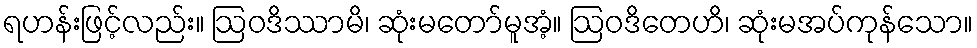
ရဟန်းဖြင့်လည်း။ ဩဝဒိဿာမိ၊ ဆုံးမတော်မူအံ့။ ဩဝဒိတေဟိ၊ ဆုံးမအပ်ကုန်သော။